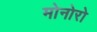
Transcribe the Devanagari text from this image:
मोनोरो